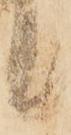
候